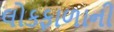
લોકફાળાની